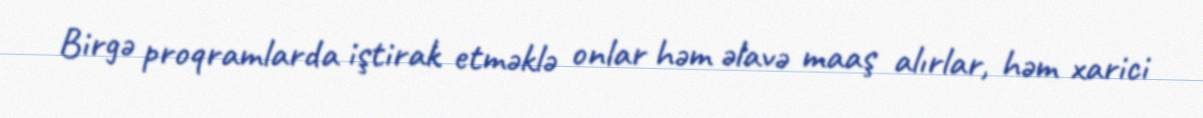
Birgə proqramlarda iştirak etməklə onlar həm əlavə maaş alırlar, həm xarici